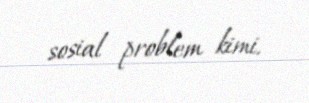
sosial problem kimi.